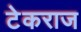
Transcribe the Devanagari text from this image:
टेकराज